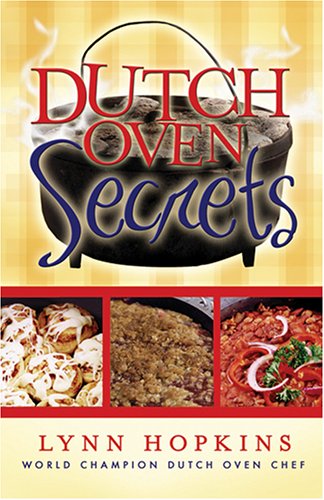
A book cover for Dutch Oven Secrets; Lynn Hopkins; Cookbooks, Food & Wine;